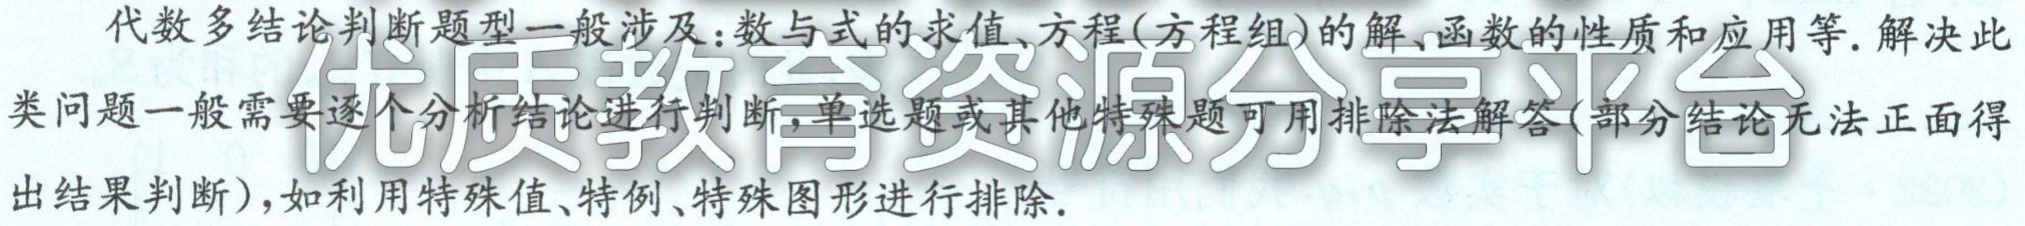
代数多结论判断题型一般涉及：数与式的求值、方程(方程组)的解、函数的性质和应用等. 解决此类问题一般需要逐个分析结论进行判断, 单选题或其他特殊题可用排除法解答(部分结论无法正面得出结果判断)，如利用特殊值、特例、特殊图形进行排除.